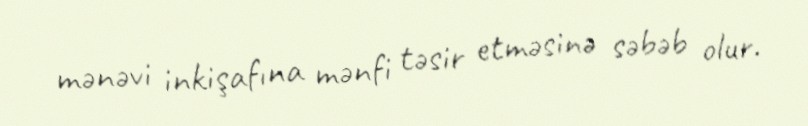
mənəvi inkişafına mənfi təsir etməsinə səbəb olur.